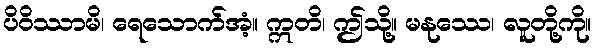
ပိဝိဿာမိ၊ ရေသောက်အံ့။ ဣတိ၊ ဤသို့။ မနုဿေ၊ လူတို့ကို။